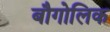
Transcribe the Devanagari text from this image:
बौगोलिक